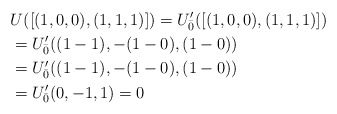
\begin{align*}&U([(1,0,0), (1,1,1)]) = U^\prime_{\bar{0}}([(1,0,0),(1,1,1)])\\& = U^\prime_{\bar{0}}((1-1), -(1-0), (1-0))\\& = U^\prime_{\bar{0}}((1-1), -(1-0), (1-0))\\& = U^\prime_{\bar{0}}(0,-1,1) = 0\end{align*}